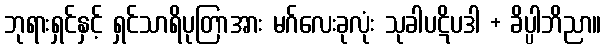
ဘုရားရှင်နှင့် ရှင်သာရိပုတြာအား မဂ်လေးခုလုံး သုခါပဋိပဒါ + ခိပ္ပါဘိညာ။